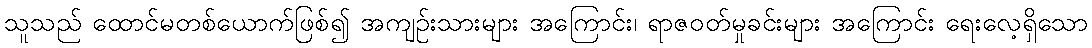
သူသည် ထောင်မတစ်ယောက်ဖြစ်၍ အကျဉ်းသားများ အကြောင်း၊ ရာဇဝတ်မှုခင်းများ အကြောင်း ရေးလေ့ရှိသော